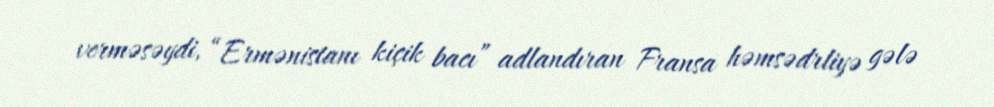
verməsəydi, “Ermənistanı kiçik bacı” adlandıran Fransa həmsədrliyə gələ